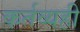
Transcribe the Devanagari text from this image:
कर्तव्यही